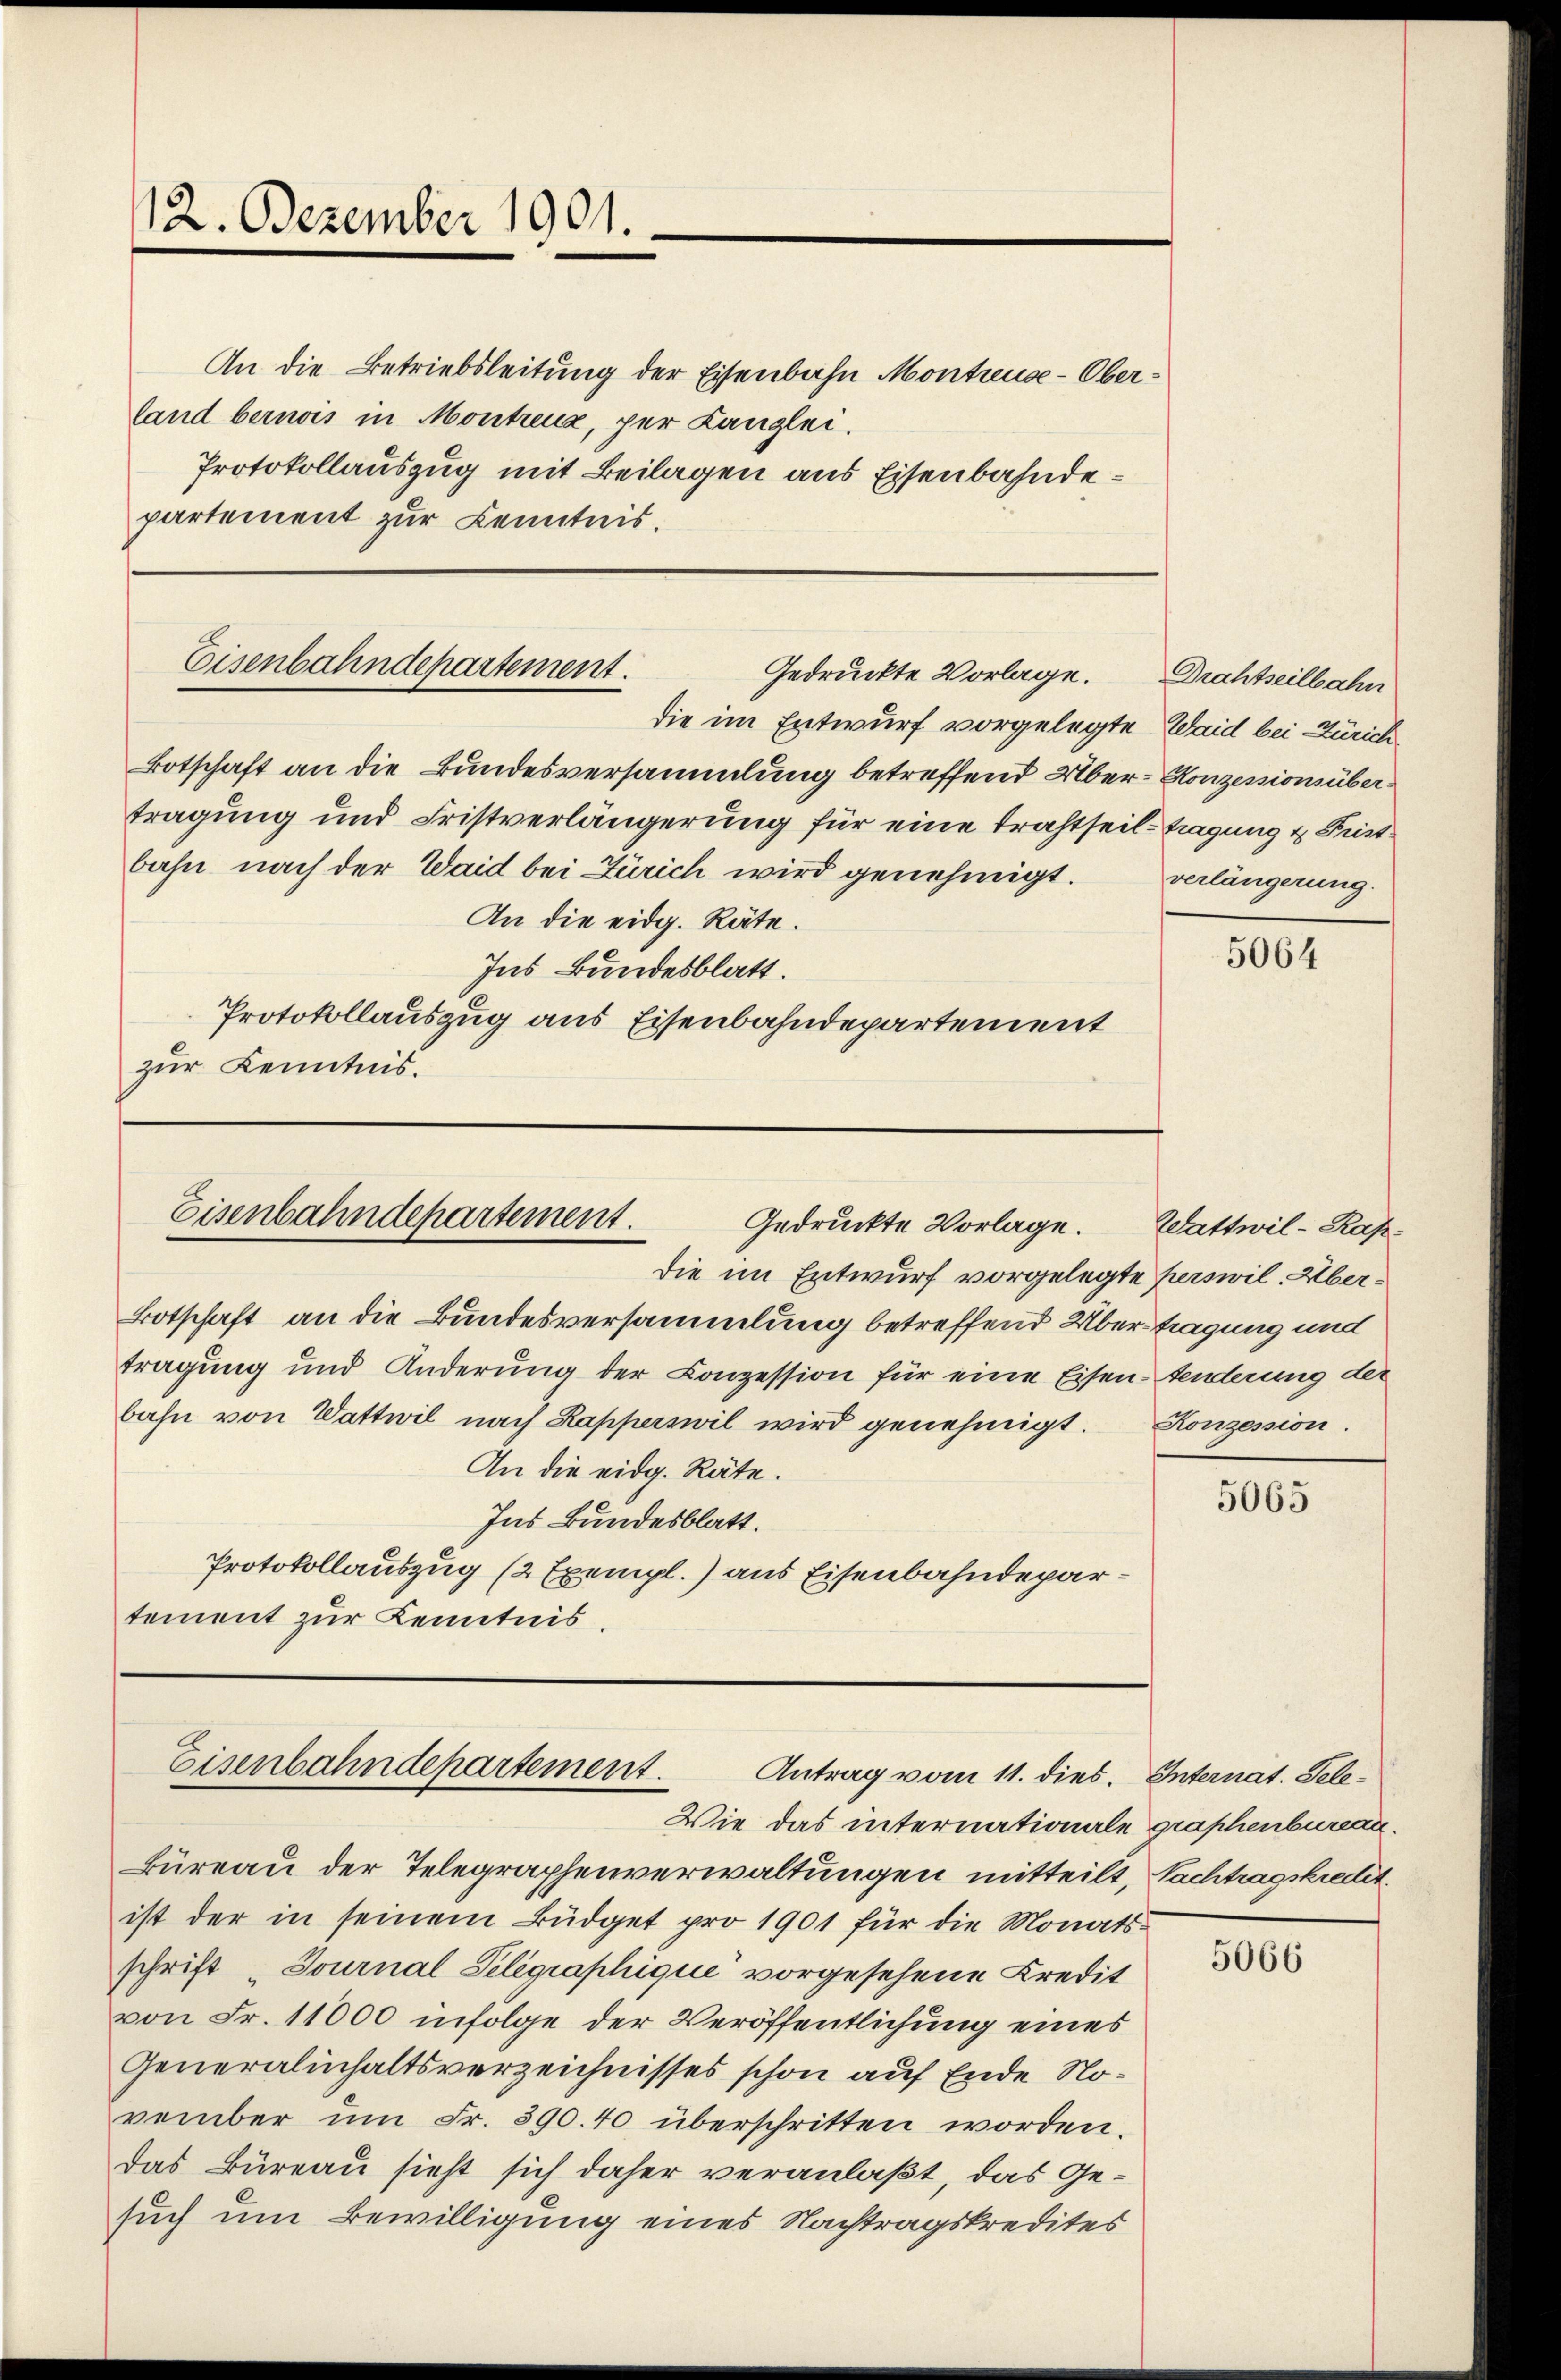
12. Dezember 1901.

An die Betriebsleitung der Eisenbahn Montreuse-Oberland bernois in Montreux, per Kanzlei.
Protokollauszug mit Beilagen aus Eisenbahndepartement zur Kenntnis.

Eisenbahndepartement.
Gedruckte Vorlage.

Eisenbahndepartement.
Gedruckte Vorlage. Wattwil-Rapdie im Entwurf vorgelegte Perswil, Über¬

Eisenbahndepartement.
Antrag vom 11. dies. Internat. Tele¬

die im Entwurf vorgelegte Waid bei Zürich
Botschaft an die Bundesversammlung betreffend Über- Konzessionsübertragung und Fristverlängerung für eine trachtheil- Tragung u. Fristbahn nach der Waid bei Zürich wird genehmigt.
An die eidg. Räte.
Ins Bundesblatt.
Protokollauszug aus Eisenbahndepartement
zur Kenntnis.

Botschaft an die Bundesversammlung betreffend Übertragung und
tragung und Änderung der Conzession für eine Eisentenderung der
bahn von Wattwil nach Kapperswil wird genehmigt.
An die eidg. Räte.
Ins Bundesblatt.
Protokollauszug (2 Exempl.) aus Eisenbahndepartement zur Kenntnis

Wie das internationale graphenbureau.
Büreau der Telegraphenverwaltungen mitteilt, Nachtragskredit.
ist der in seinem Büdget pro 1901 für die Monatsschrift „Journal Peligraphique vorgesehene Credit
von Fr. 11000 infolge der Veröffentlichung eines
Generalinhaltsverzeichnisses schon auf Ende November ŭm Fr. 390. 40 überschritten worden.
das Bureau sieht sich daher veranlaßt, das Gesuch um Bewilligung eines Nachtragskredites

Drahtseilbahn
verlängerung.

5064

Konzession.

5065

5066